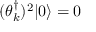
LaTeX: ( \theta _ { k } ^ { \dagger } ) ^ { 2 } | 0 \rangle = 0